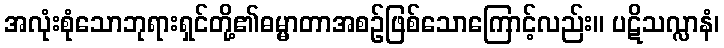
အလုံးစုံသောဘုရားရှင်တို့၏ဓမ္မာတာအစဉ်ဖြစ်သောကြောင့်လည်း။ ပဋိသလ္လာနံ၊